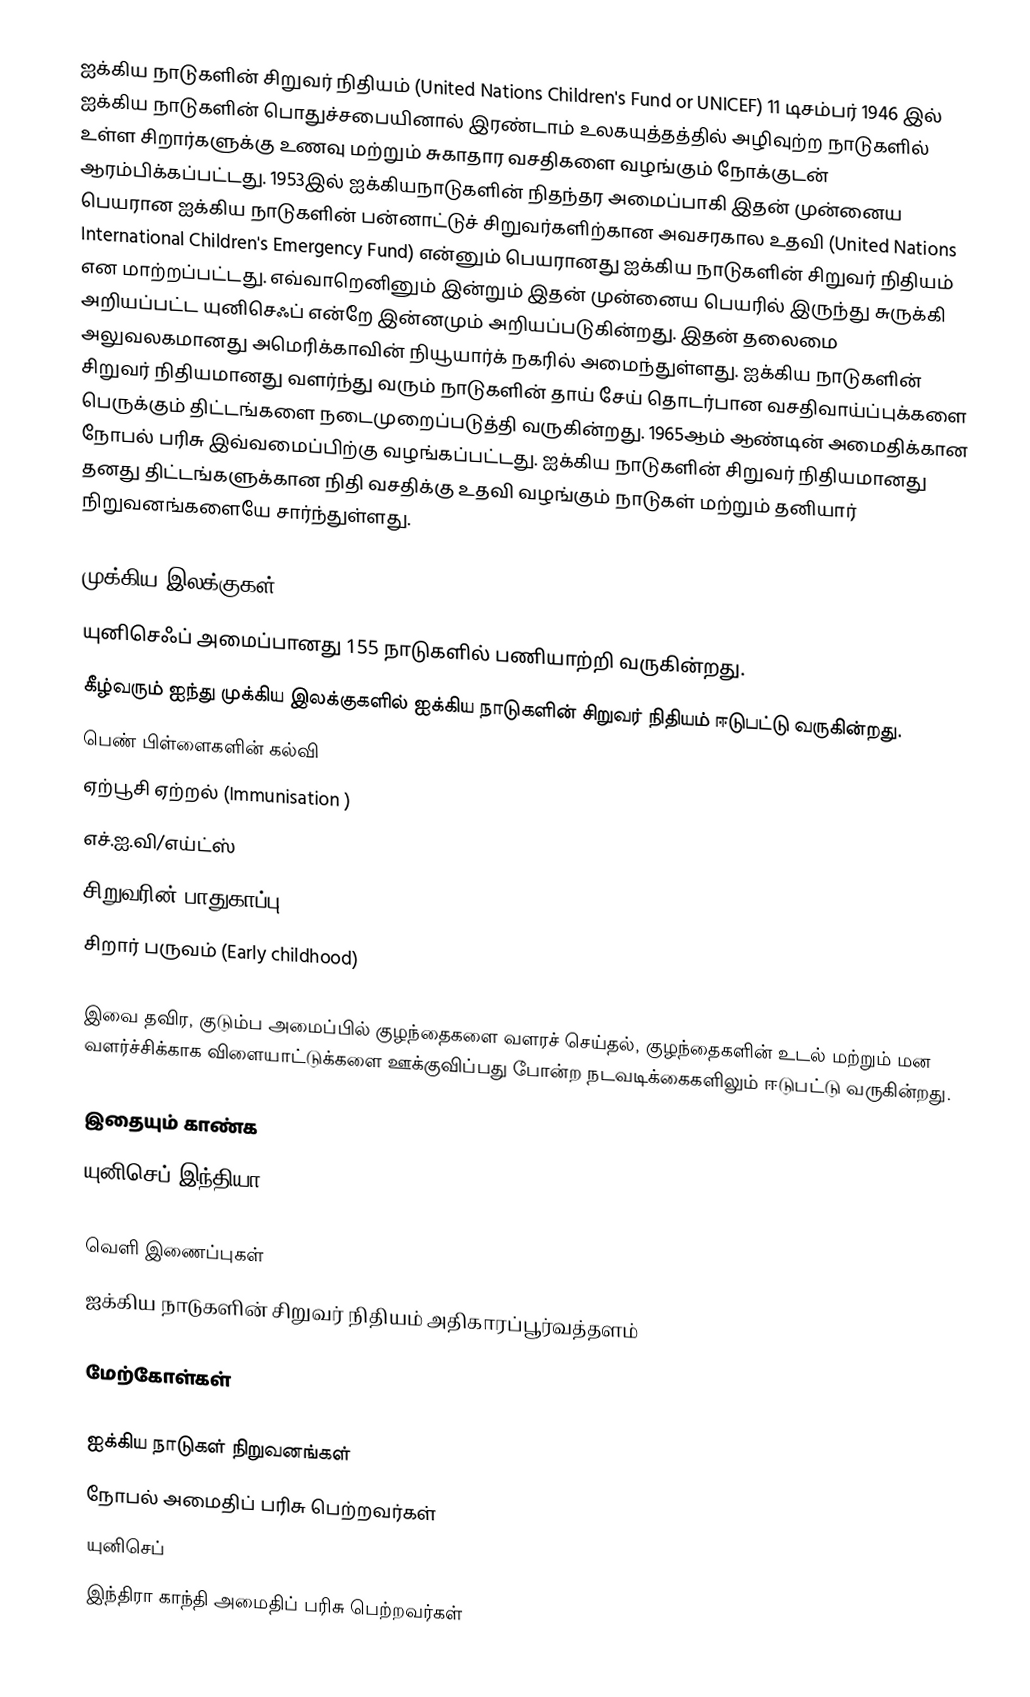
ஐக்கிய நாடுகளின் சிறுவர் நிதியம் (United Nations Children's Fund or UNICEF) 11 டிசம்பர் 1946 இல் ஐக்கிய நாடுகளின் பொதுச்சபையினால் இரண்டாம் உலகயுத்தத்தில் அழிவுற்ற நாடுகளில் உள்ள சிறார்களுக்கு உணவு மற்றும் சுகாதார வசதிகளை வழங்கும் நோக்குடன் ஆரம்பிக்கப்பட்டது. 1953இல் ஐக்கியநாடுகளின் நிதந்தர அமைப்பாகி இதன் முன்னைய பெயரான ஐக்கிய நாடுகளின் பன்னாட்டுச் சிறுவர்களிற்கான அவசரகால உதவி (United Nations International Children's Emergency Fund) என்னும் பெயரானது ஐக்கிய நாடுகளின் சிறுவர் நிதியம் என மாற்றப்பட்டது. எவ்வாறெனினும் இன்றும் இதன் முன்னைய பெயரில் இருந்து சுருக்கி அறியப்பட்ட யுனிசெஃப் என்றே இன்னமும் அறியப்படுகின்றது. இதன் தலைமை அலுவலகமானது அமெரிக்காவின் நியூயார்க் நகரில் அமைந்துள்ளது. ஐக்கிய நாடுகளின் சிறுவர் நிதியமானது வளர்ந்து வரும் நாடுகளின் தாய் சேய் தொடர்பான வசதிவாய்ப்புக்களை பெருக்கும் திட்டங்களை நடைமுறைப்படுத்தி வருகின்றது. 1965ஆம் ஆண்டின் அமைதிக்கான நோபல் பரிசு இவ்வமைப்பிற்கு வழங்கப்பட்டது. ஐக்கிய நாடுகளின் சிறுவர் நிதியமானது தனது திட்டங்களுக்கான நிதி வசதிக்கு உதவி வழங்கும் நாடுகள் மற்றும் தனியார் நிறுவனங்களையே சார்ந்துள்ளது.

முக்கிய இலக்குகள்
யுனிசெஃப் அமைப்பானது 155 நாடுகளில் பணியாற்றி வருகின்றது.
கீழ்வரும் ஐந்து முக்கிய இலக்குகளில் ஐக்கிய நாடுகளின் சிறுவர் நிதியம் ஈடுபட்டு வருகின்றது.
 பெண் பிள்ளைகளின் கல்வி
 ஏற்பூசி ஏற்றல் (Immunisation )
 எச்.ஐ.வி/எய்ட்ஸ்
 சிறுவரின் பாதுகாப்பு
 சிறார் பருவம் (Early childhood)

இவை தவிர, குடும்ப அமைப்பில் குழந்தைகளை வளரச் செய்தல், குழந்தைகளின் உடல் மற்றும் மன வளர்ச்சிக்காக விளையாட்டுக்களை ஊக்குவிப்பது போன்ற நடவடிக்கைகளிலும் ஈடுபட்டு வருகின்றது.

இதையும் காண்க
யுனிசெப் இந்தியா

வெளி இணைப்புகள்
 ஐக்கிய நாடுகளின் சிறுவர் நிதியம் அதிகாரப்பூர்வத்தளம்

மேற்கோள்கள்

ஐக்கிய நாடுகள் நிறுவனங்கள்
நோபல் அமைதிப் பரிசு பெற்றவர்கள்
யுனிசெப்
இந்திரா காந்தி அமைதிப் பரிசு பெற்றவர்கள்